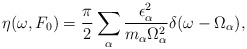
\begin{align*}\eta(\omega,F_{0}) = \frac{\pi}{2}\sum_{\alpha}\frac{\epsilon_{\alpha}^{2}}{m_{\alpha}\Omega_{\alpha}^{2}}\delta(\omega - \Omega_{\alpha}),\end{align*}